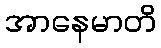
အာနေမာတိ